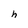
Character: h